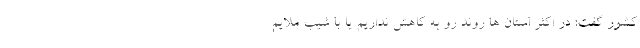
کشور گفت: در اکثر استان ها روند رو به کاهش نداریم یا با شیب ملایم